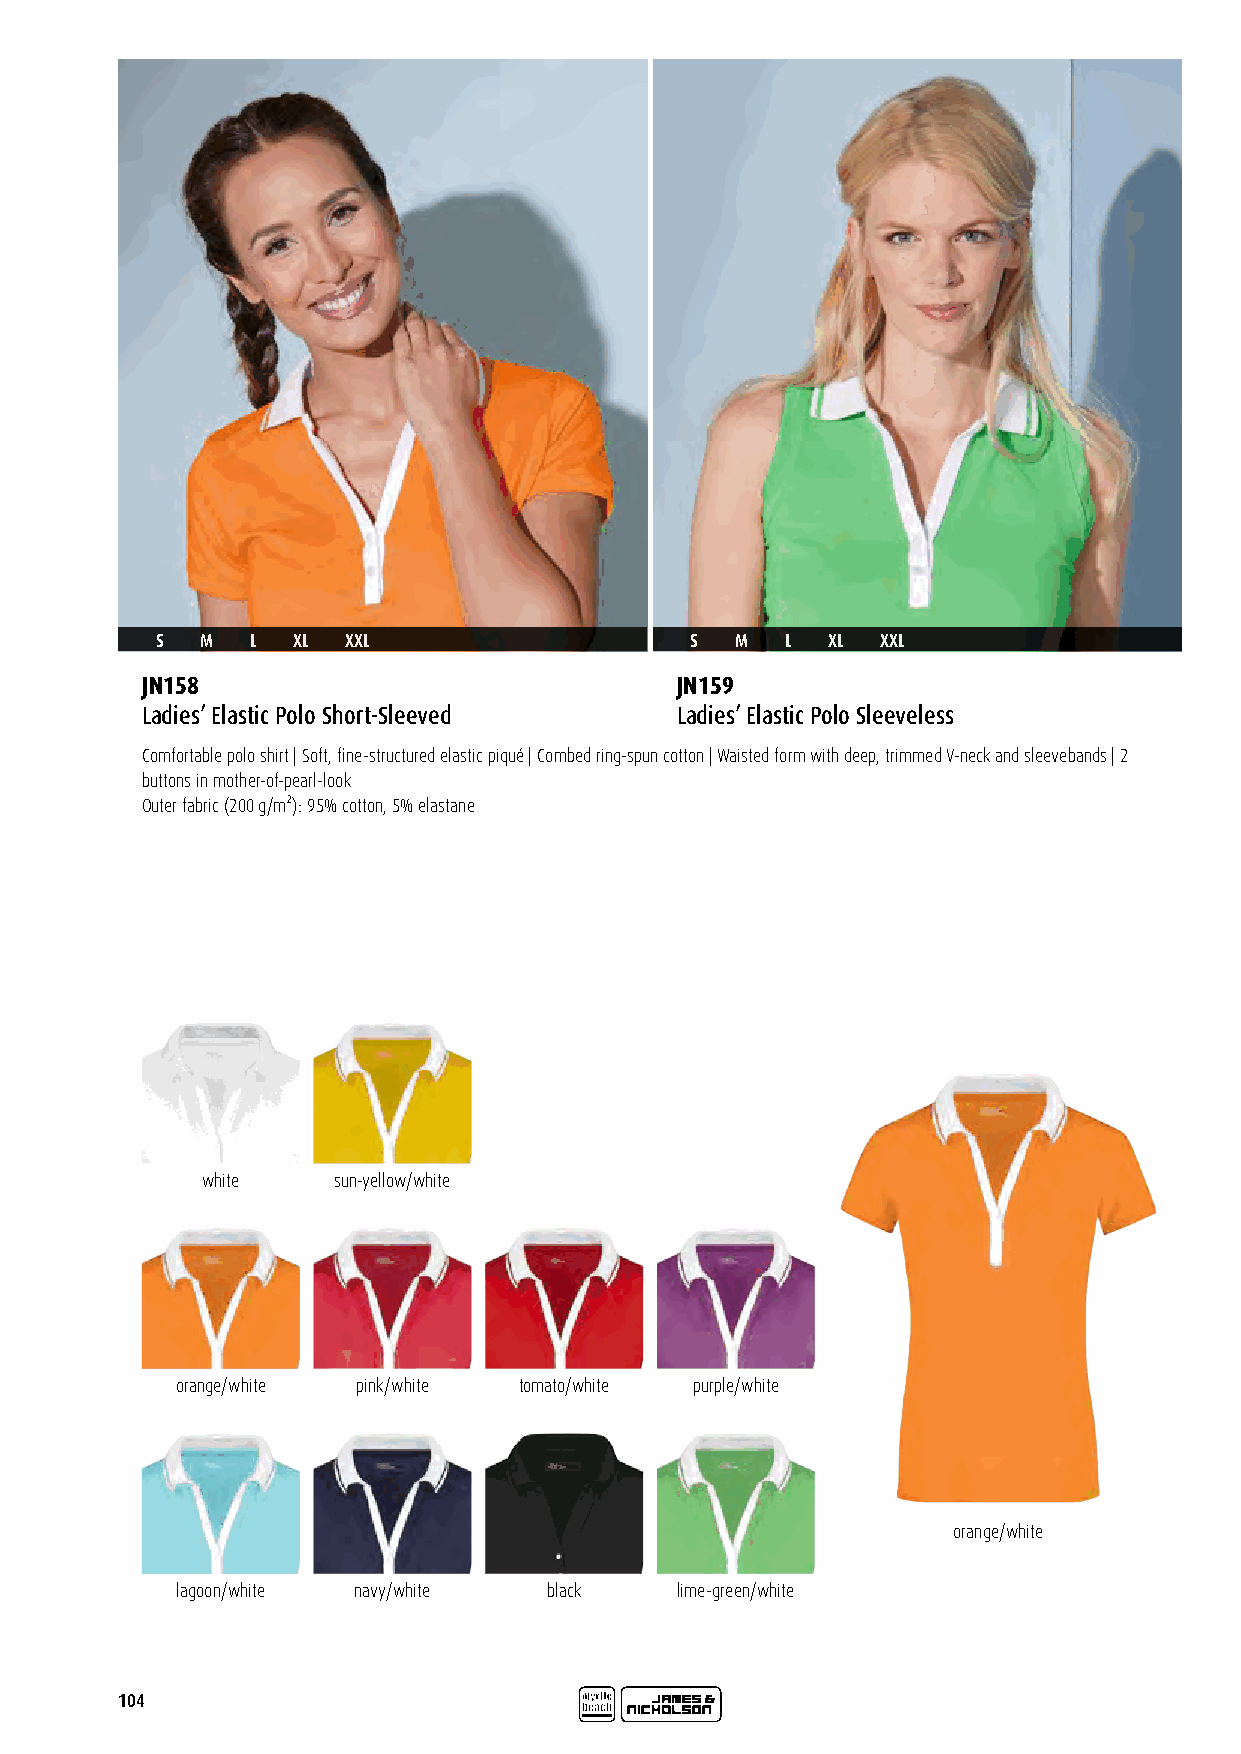
S  M   L XL  XXL                    S  M  L  XL XXL
 JN158                               JN159
 Ladies’ Elastic Polo Short-Sleeved  Ladies’ Elastic Polo Sleeveless
 Comfortable polo shirt | Soft, fine-structured elastic piqué | Combed ring-spun cotton | Waisted form with deep, trimmed V-neck and sleevebands | 2
 buttons in mother-of-pearl-look
 Outer fabric (200 g/m²): 95% cotton, 5% elastane
 white    sun-yellow/white
 orange/white pink/white tomato/white purple/white
 orange/white
 lagoon/white navy/white black    lime-green/white
 104